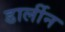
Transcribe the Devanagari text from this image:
डार्लीन